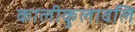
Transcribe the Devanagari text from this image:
कालीकुलावलि